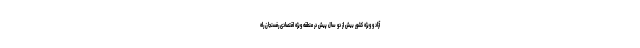
آزاد و ویژه کشور بیش از دو سال پیش در منطقه ویژه اقتصادی رفسنجان راه